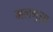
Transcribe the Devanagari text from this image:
मलगुझा